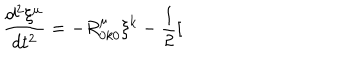
LaTeX: \frac { d ^ { 2 } \xi ^ { \mu } } { d t ^ { 2 } } = - R _ { 0 k 0 } ^ { \mu } \xi ^ { k } - \frac { 1 } { 2 } [